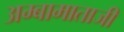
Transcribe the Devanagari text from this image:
अम्बामाताजी